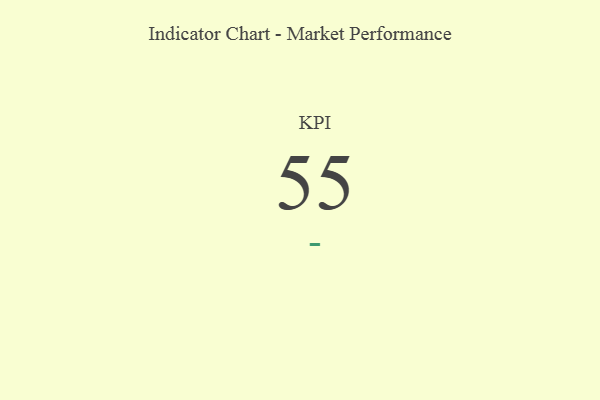
{"axis": {"x": "KPI", "y": "Value"}, "legend": [""], "data": [{"x": "KPI", "y": 55, "type": ""}]}